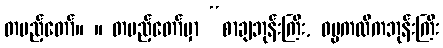
တပည့်တော်။ ။ တပည့်တော်မှာ “စာချဘုန်းကြီး, ဓမ္မကထိကဘုန်းကြီး